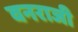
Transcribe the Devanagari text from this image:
वनराजी